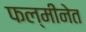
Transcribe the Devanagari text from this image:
फल्मीनेत